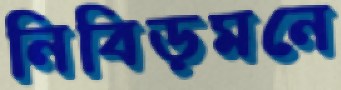
নিবিড়মনে